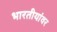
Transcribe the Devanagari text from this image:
भारतीयांवर